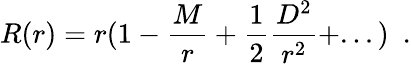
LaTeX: R(r)=r(1-{\frac{M}{r}}+\frac{1}{2}{\frac{D^{2}}{r^{2}}}+...)~~.